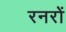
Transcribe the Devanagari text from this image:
रनरों